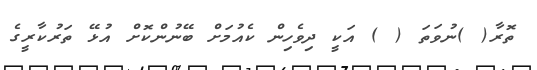
ތޮރާ( )ނުވަތަ ( ) އަކީ ދިވެހިން ކެއުމަށް ބޭނުންކޮށް އުޅޭ ތަރުކާރީގެ